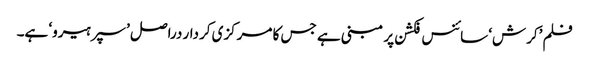
فلم ’کرش‘ سائنس فکشن پر مبنی ہے جس کا مرکزی کردار دراصل ’سپرہیرو‘ ہے۔